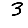
Digit: 3